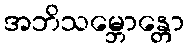
အဘိသမ္ဘောန္တော